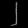
Digit: ၂